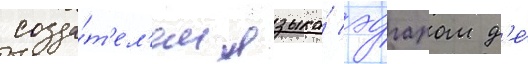
созда́т'ел'ем языка́ эдгаром д'е́